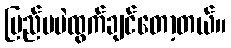
ပြည်ပပဲထွက်ချင်တော့တယ်။